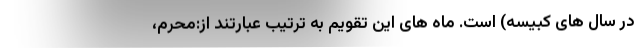
در سال های کبیسه) است. ماه های این تقویم به ترتیب عبارتند از:محرم،